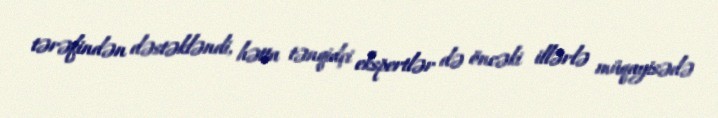
tərəfindən dəstəkləndi, hətta tənqidçi ekspertlər də öncəki illərlə müqayisədə